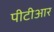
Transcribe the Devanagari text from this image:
पीटीआर